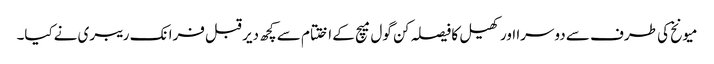
میونخ کی طرف سے دوسرا اور کھیل کا فیصلہ کن گول میچ کے اختتام سے کچھ دیر قبل فرانک ریبری نےکیا۔